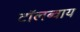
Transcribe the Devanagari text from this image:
टाॅलब्वाय